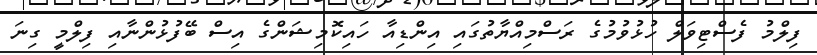
ފިލްމު ފެސްޓިވަލް ހުޅުވުމުގެ ރަސްމިއްޔާތުގައި އިންޑިއާ ހައިކޮމިޝަންގެ އިސް ބޭފުޅުންނާއި ފިލްމީ ގިނަ